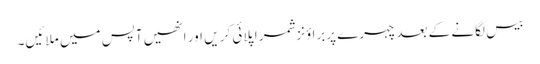
بیس لگانے کے بعدچہرے پربرا ؤنزشمر اپلائی کر یں اور انھیں آپس میں ملا ئیں۔